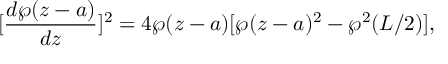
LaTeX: [ \frac { d \wp ( z - a ) } { d z } ] ^ { 2 } = 4 \wp ( z - a ) [ \wp ( z - a ) ^ { 2 } - \wp ^ { 2 } ( L / 2 ) ] ,